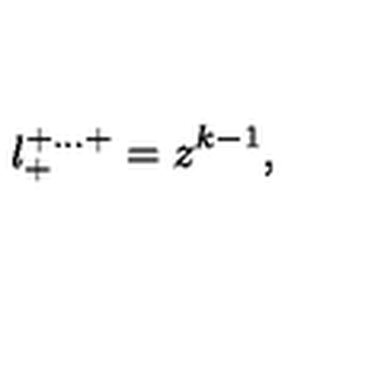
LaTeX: l _ { + } ^ { + \ldots + } = z ^ { k - 1 } ,